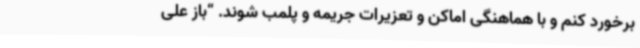
برخورد کنم و با هماهنگی اماکن و تعزیرات جریمه و پلمب شوند. “باز علی